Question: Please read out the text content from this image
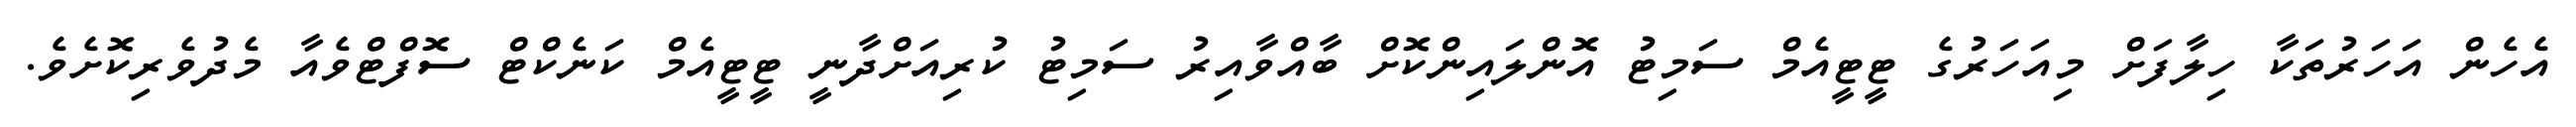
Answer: އެހެން އަހަރުތަކާ ހިލާފަށް މިއަހަރުގެ ޓީޓީއެމް ސަމިޓު އޮންލައިންކޮށް ބާއްވާއިރު ސަމިޓު ކުރިއަށްދާނީ ޓީޓީއެމް ކަނެކްޓް ސޮފްޓްވެއާ މެދުވެރިކޮށެވެ.